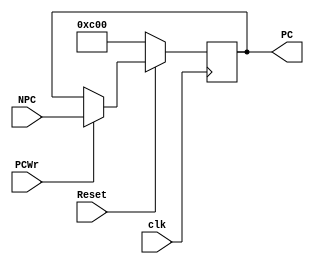
module pc(NPC,clk,Reset,PC,PCWr);
  input   [31:2]  NPC ;
  input           clk ;
  input           Reset ;
  input           PCWr ;
  output  [31:2]  PC ;
  reg	  [31:2]  PC ;

  always @ ( posedge clk )
	if( Reset == 0 )
		PC = {28'h0000300,2'b00} ;
	else
		PC = PCWr ? NPC : PC ;
endmodule